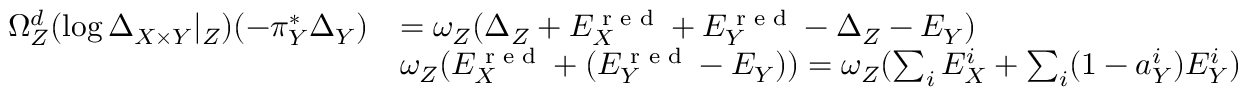
\begin{array} { r l } { \Omega _ { Z } ^ { d } ( \log \Delta _ { X \times Y } | _ { Z } ) ( - \pi _ { Y } ^ { * } \Delta _ { Y } ) } & { = \omega _ { Z } ( \Delta _ { Z } + E _ { X } ^ { \textup { r e d } } + E _ { Y } ^ { \textup { r e d } } - \Delta _ { Z } - E _ { Y } ) } \\ & { \omega _ { Z } ( E _ { X } ^ { \textup { r e d } } + ( E _ { Y } ^ { \textup { r e d } } - E _ { Y } ) ) = \omega _ { Z } ( \sum _ { i } E _ { X } ^ { i } + \sum _ { i } ( 1 - a _ { Y } ^ { i } ) E _ { Y } ^ { i } ) } \end{array}